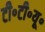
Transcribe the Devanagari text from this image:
टी॰टी॰यू॰